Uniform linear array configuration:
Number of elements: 4
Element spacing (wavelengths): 0.75
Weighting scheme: kaiser
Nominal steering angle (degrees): -30
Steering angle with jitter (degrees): -30.86
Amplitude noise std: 0.05
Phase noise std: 0.05

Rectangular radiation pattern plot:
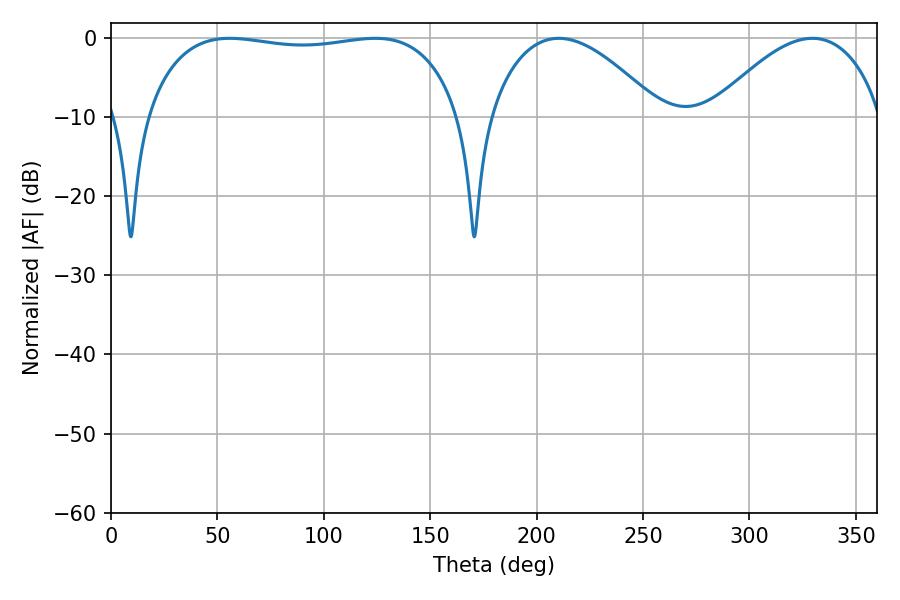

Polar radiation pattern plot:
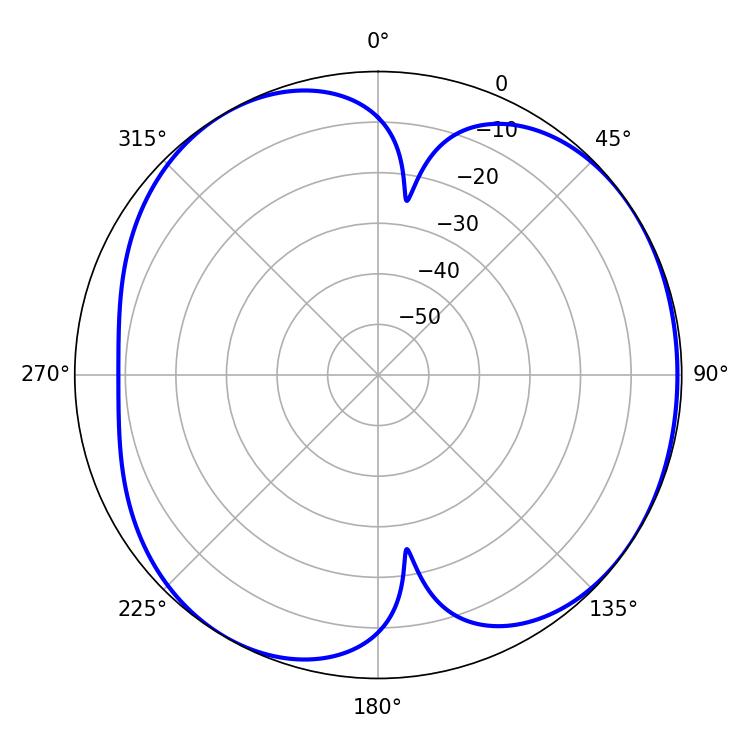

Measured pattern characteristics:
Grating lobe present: TRUE
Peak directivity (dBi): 5.028
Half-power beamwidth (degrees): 118.44
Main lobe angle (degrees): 55.8